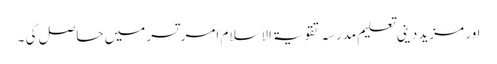
اور مزید دینی تعلیم مدرسہ تقویۃ الاسلام امر تسر میں حاصل کی ۔